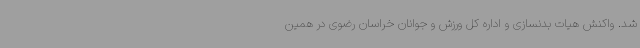
شد. واکنش هیات بدنسازی و اداره کل ورزش و جوانان خراسان رضوی در همین